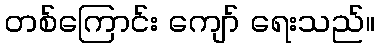
တစ်ကြောင်း ကျော် ရေးသည်။